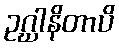
ဥဂ္ဃါနိတာပိ